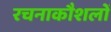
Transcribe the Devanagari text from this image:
रचनाकौशलों